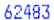
62483